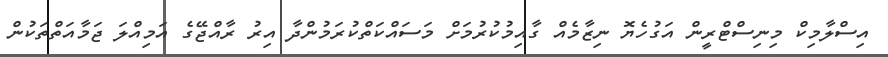
އިސްލާމިކް މިނިސްޓްރީން އަގުހެޔޮ ނިޒާމެއް ގާއިމުކުރުމަށް މަސައްކަތްކުރަމުންދާ އިރު ރާއްޖޭގެ އަމިއްލަ ޖަމާއަތްތަކުން